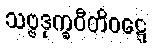
သဗ္ဗဒုက္ခဝီတိဝဋ္ဋေ